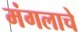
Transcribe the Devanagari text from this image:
मंगलाचे